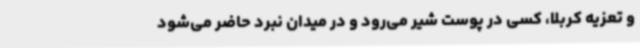
و تعزیه کربلا، کسی در پوست شیر می‌رود و در میدان نبرد حاضر می‌شود